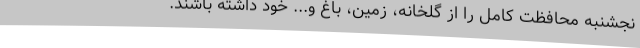
نجشنبه محافظت کامل را از گلخانه، زمین، باغ و... خود داشته باشند.